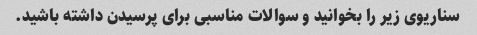
سناریوی زیر را بخوانید و سوالات مناسبی برای پرسیدن داشته باشید.